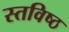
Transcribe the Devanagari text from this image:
स्तविष्ठ